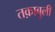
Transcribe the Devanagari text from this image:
तक़ाबुली